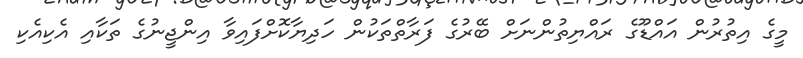
މީގެ އިތުރުން އައްޑޫގެ ރައްޔިތުންނަށް ބޭރުގެ ފަރާތްތަކުން ހަދިޔާކޮށްފައިވާ އިންޖީނުގެ ތަކާއި އެކިއެކި